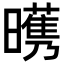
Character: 𣋭